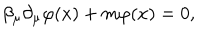
\beta _ { \mu } \partial _ { \mu } \varphi ( x ) + m \varphi ( x ) = 0 ,